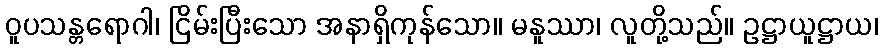
ဝူပသန္တရောဂါ၊ ငြိမ်းပြီးသော အနာရှိကုန်သော။ မနူဿာ၊ လူတို့သည်။ ဥဋ္ဌာယူဋ္ဌာယ၊